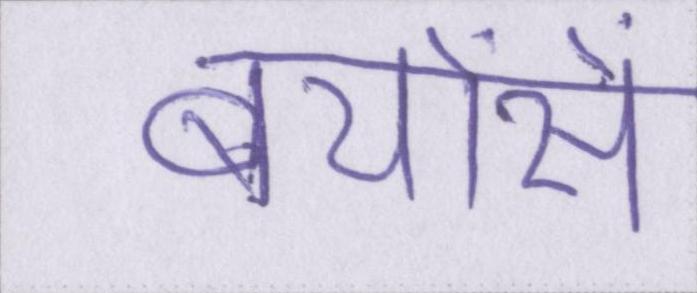
बेयोंसे